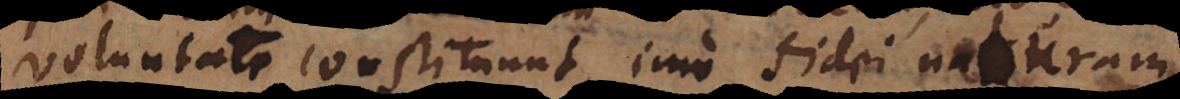
voluntate constituunt, imo fidei naturam